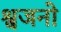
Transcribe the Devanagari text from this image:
श्वजनो